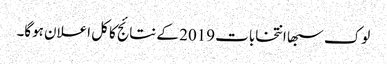
لوک سبھا انتخابات 2019 کے نتائج کا کل اعلان ہوگا۔